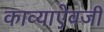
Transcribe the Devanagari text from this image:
काव्याऐवजी